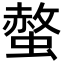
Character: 螫